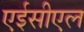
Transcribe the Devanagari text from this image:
एईसीएल